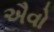
ઐવો